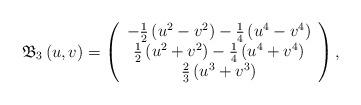
LaTeX: \begin{align*}\mathfrak{B}_{3}\left( u,v\right) =\left( \begin{array}{c}-\frac{1}{2}\left( u^{2}-v^{2}\right) -\frac{1}{4}\left( u^{4}-v^{4}\right)\\ \frac{1}{2}\left( u^{2}+v^{2}\right) -\frac{1}{4}\left( u^{4}+v^{4}\right)\\ \frac{2}{3}\left( u^{3}+v^{3}\right)\end{array}\right) , \end{align*}